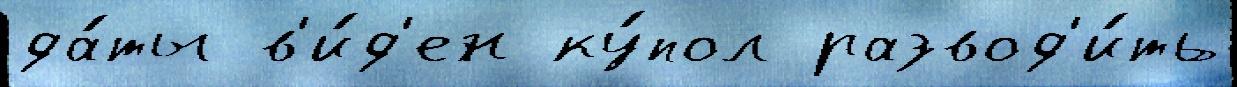
да́ты в'и́д'ен ку́пол развод'и́ть